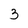
Character: 3